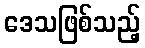
ဒေသဖြစ်သည့်